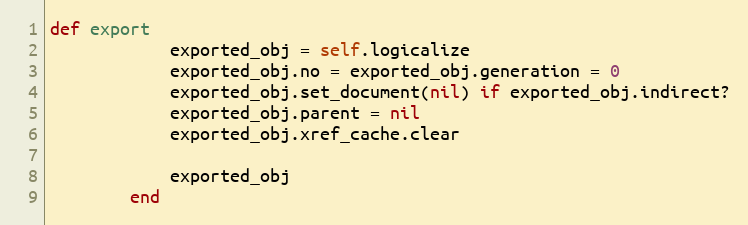
Language: Ruby
def export
            exported_obj = self.logicalize
            exported_obj.no = exported_obj.generation = 0
            exported_obj.set_document(nil) if exported_obj.indirect?
            exported_obj.parent = nil
            exported_obj.xref_cache.clear

            exported_obj
        end